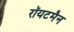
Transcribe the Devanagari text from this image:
रॉयटमैन